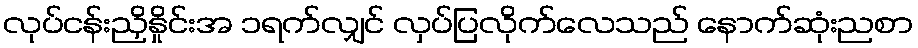
လုပ်ငန်းညှိနှိုင်းအ ၁ရက်လျှင် လှပ်ပြလိုက်လေသည် နောက်ဆုံးညစာ